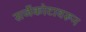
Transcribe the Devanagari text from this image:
सर्जेकोटावरून